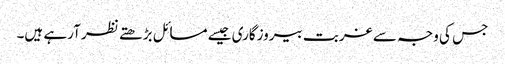
جس کی وجہ سے غربت بیروزگاری جیسے مسائل بڑھتے نظر آرہے ہیں۔